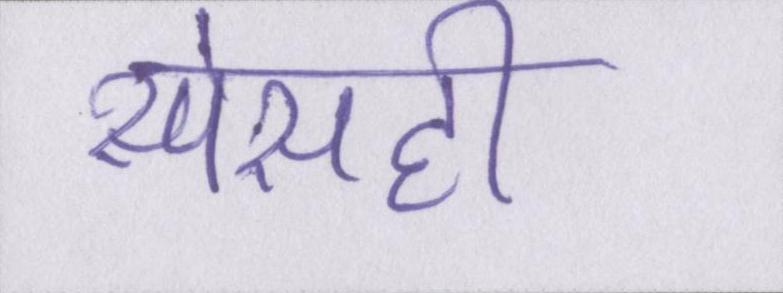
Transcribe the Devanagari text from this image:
स्पेसही